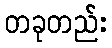
တခုတည်း